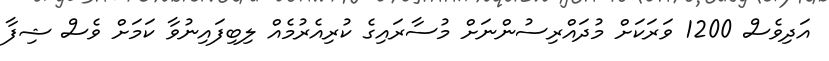
އަދިވެސް 1200 ވަރަކަށް މުދައްރިސުންނަށް މުސާރައިގެ ކުރިއެރުމެއް ލިބިފައިނުވާ ކަމަށް ވެސް ޝިފާ